Annual report on the working of the mental hospitals in the Madras Presidency - 1912-1932
Year: 1912
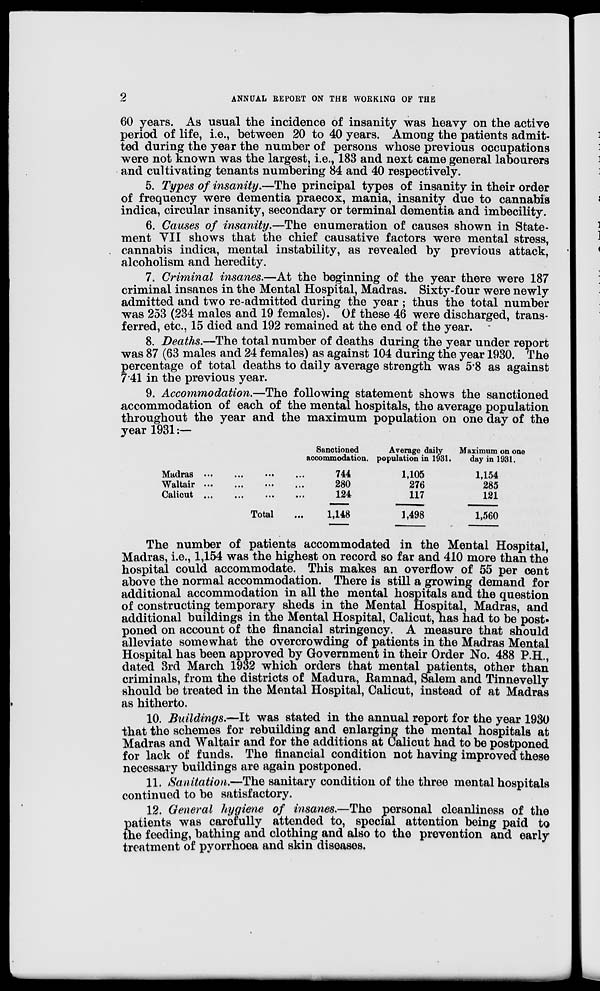
2
ANNUAL REPORT ON THE WORKING OF THE
60 years. As usual the incidence of insanity was heavy on the active
period of life, i.e., between 20 to 40 years. Among the patients admit-
ted during the year the number of persons whose previous occupations
were not known was the largest, i.e., 183 and next came general labourers
and cultivating tenants numbering 84 and 40 respectively.
5. Types of insanity.—The principal types of insanity in their order
of frequency were dementia praecox, mania, insanity due to cannabis
indica, circular insanity, secondary or terminal dementia and imbecility.
6. Causes of insanity.—The enumeration of causes shown in State-
ment VII shows that the chief causative factors were mental stress,
cannabis indica, mental instability, as revealed by previous attack,
alcoholism and heredity.
7. Criminal insanes.—At the beginning of the year there were 187
criminal insanes in the Mental Hospital, Madras. Sixty-four were newly
admitted and two re-admitted during the year ; thus the total number
was 253 (234 males and 19 females). Of these 46 were discharged, trans-
ferred, etc., 15 died and 192 remained at the end of the year.
8. Deaths.—The total number of deaths during the year under report
was 87 (63 males and 24 females) as against 104 during the year 1930. The
percentage of total deaths to daily average strength was 5.8 as against
7.41 in the previous year.
9. Accommodation.—The following statement shows the sanctioned
accommodation of each of the mental hospitals, the average population
throughout the year and the maximum population on one day of the
year 1931:—
Madras ... ... ... ...
Waliair ... ... ... ...
Calicut
...
...
...
...
Total ...
Sanctioned
accommodation.
744
280
124
1,148
Average daily
population in 1931.
1,105
276
117
1,498
Maximum on one
day in 1931.
1,154
285
121
1,560
The number of patients accommodated in the Mental Hospital,
Madras, i.e., 1,154 was the highest on record so far and 410 more than the
hospital could accommodate. This makes an overflow of 55 per cent
above the normal accommodation. There is still a growing demand for
additional accommodation in all the mental hospitals and the question
of constructing temporary sheds in the Mental Hospital, Madras, and
additional buildings in the Mental Hospital, Calicut, has had to be post-
poned on account of the financial stringency. A measure that should
alleviate somewhat the overcrowding of patients in the Madras Mental
Hospital has been approved by Government in their Order No. 488 P.H.,
dated 3rd March 1932 which orders that mental patients, other than
criminals, from the districts of Madura, Ramnad, Salem and Tinnevelly
should be treated in the Mental Hospital, Calicut, instead of at Madras
as hitherto.
10. Buildings.—It was stated in the annual report for the year 1930
that the schemes for rebuilding and enlarging the mental hospitals at
Madras and Waltair and for the additions at Calicut had to be postponed
for lack of funds. The financial condition not having improved these
necessary buildings are again postponed.
11. Sanitation.—The sanitary condition of the three mental hospitals
continued to be satisfactory.
12. General hygiene of insanes.—The personal cleanliness of the
patients was carefully attended to, special attention being paid to
the feeding, bathing and clothing and also to the prevention and early
treatment of pyorrhoea and skin diseases.